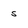
Character: s